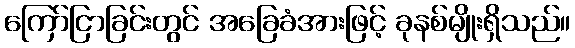
ကြော်ငြာခြင်းတွင် အခြေခံအားဖြင့် ခုနစ်မျိုးရှိသည်။